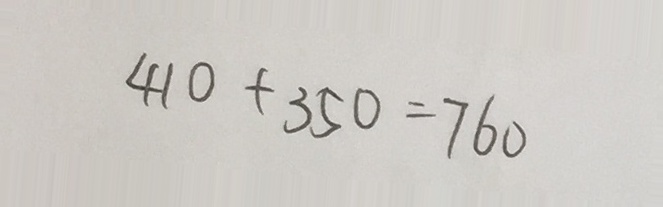
4 1 0 + 3 5 0 = 7 6 0